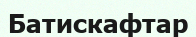
Батискафтар